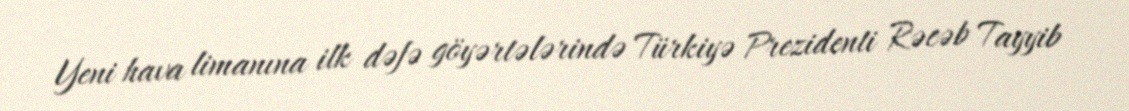
Yeni hava limanına ilk dəfə göyərtələrində Türkiyə Prezidenti Rəcəb Tayyib